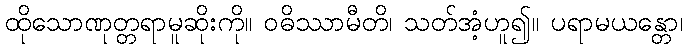
ထိုသောဏုတ္တရာမူဆိုးကို။ ဝဓိဿာမီတိ၊ သတ်အံ့ဟူ၍။ ပရာမယန္တော၊